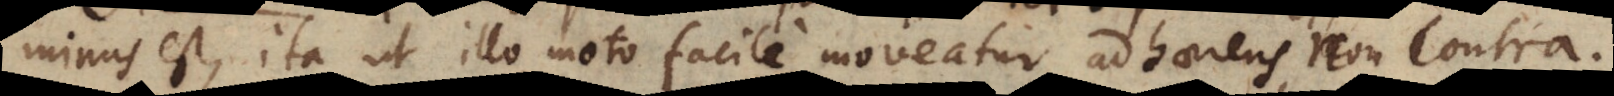
minus est, ita ut illo moto facile moveatur adhaerens, non contra.